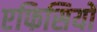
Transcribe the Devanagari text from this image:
एफिसियों